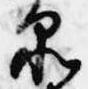
品